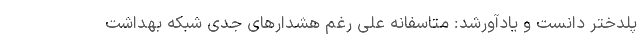
پلدختر دانست و یادآورشد: متاسفانه علی رغم هشدارهای جدی شبکه بهداشت